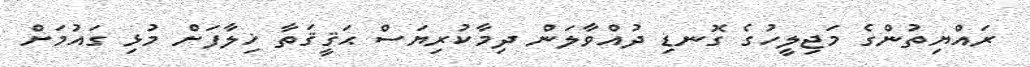
ރައްޔިތުންގެ މަޖިލީހުގެ ގޮނޑި ދުއްވާލަން ދިމާކުރިޔަސް ޙަޤީޤަތާ ޚިލާފަށް މުޅި ގައުމަށް